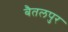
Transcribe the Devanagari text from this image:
बैतलपुर